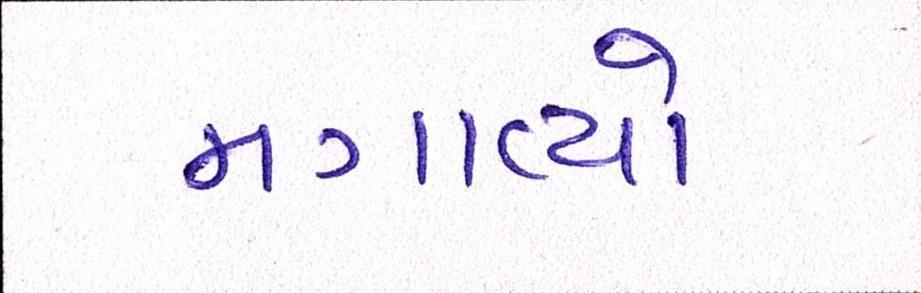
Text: મગાવ્યો